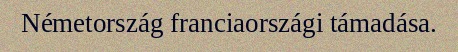
Németország franciaországi támadása.